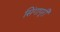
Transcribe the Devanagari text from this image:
सिंगापूरी